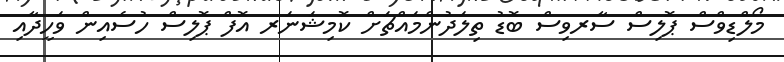
މޯލްޑިވްސް ޕޮލިސް ސާރވިސް ބޮޑު ތިލަދުންމައްޗަށް ކޮމިޝަނަރ އޮފް ޕޮލިސް ހުސެއިން ވަހީދާއި